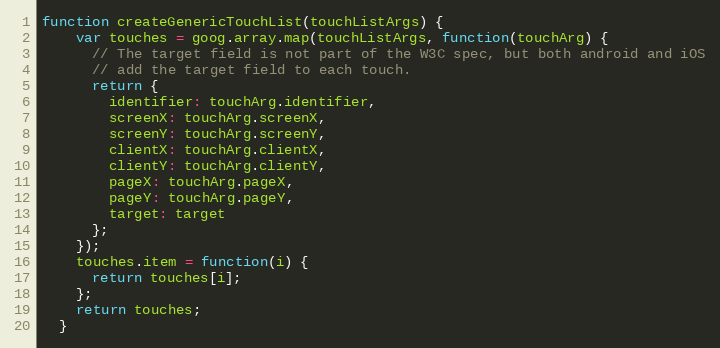
Language: JavaScript
function createGenericTouchList(touchListArgs) {
    var touches = goog.array.map(touchListArgs, function(touchArg) {
      // The target field is not part of the W3C spec, but both android and iOS
      // add the target field to each touch.
      return {
        identifier: touchArg.identifier,
        screenX: touchArg.screenX,
        screenY: touchArg.screenY,
        clientX: touchArg.clientX,
        clientY: touchArg.clientY,
        pageX: touchArg.pageX,
        pageY: touchArg.pageY,
        target: target
      };
    });
    touches.item = function(i) {
      return touches[i];
    };
    return touches;
  }